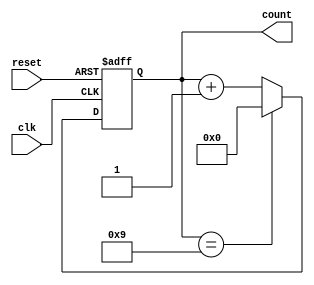
module decade_counter (
    input clk,
    input reset,
    output [3:0] count // 4-bit count (0-9)
);

reg [3:0] count;

always @(posedge clk or posedge reset)
begin
    if (reset)
        count <= 4'b0000; // initialize count to zero
    else if (count == 4'b1001) // if count is 9
        count <= 4'b0000; // reset count to zero
    else
        count <= count + 1; // increment count by 1
end

assign count = count; // assign the count value to the output

endmodule